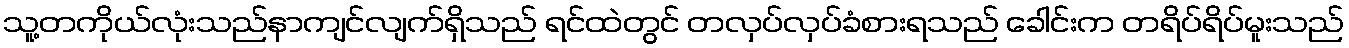
သူ့တကိုယ်လုံးသည်နာကျင်လျက်ရှိသည် ရင်ထဲတွင် တလှပ်လှပ်ခံစားရသည် ခေါင်းက တရိပ်ရိပ်မူးသည်